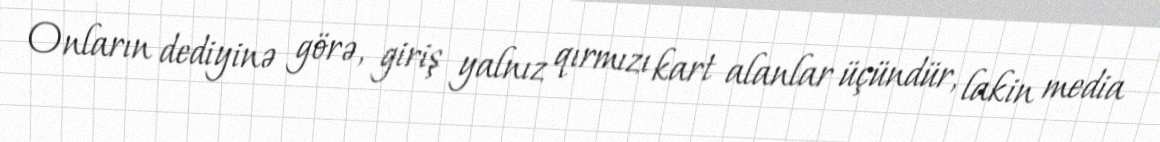
Onların dediyinə görə, giriş yalnız qırmızı kart alanlar üçündür, lakin media